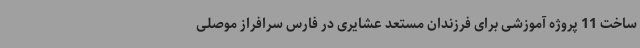
ساخت 11 پروژه آموزشی برای فرزندان مستعد عشایری در فارس سرافراز موصلی